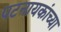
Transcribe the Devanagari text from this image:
पटनायकांच्या